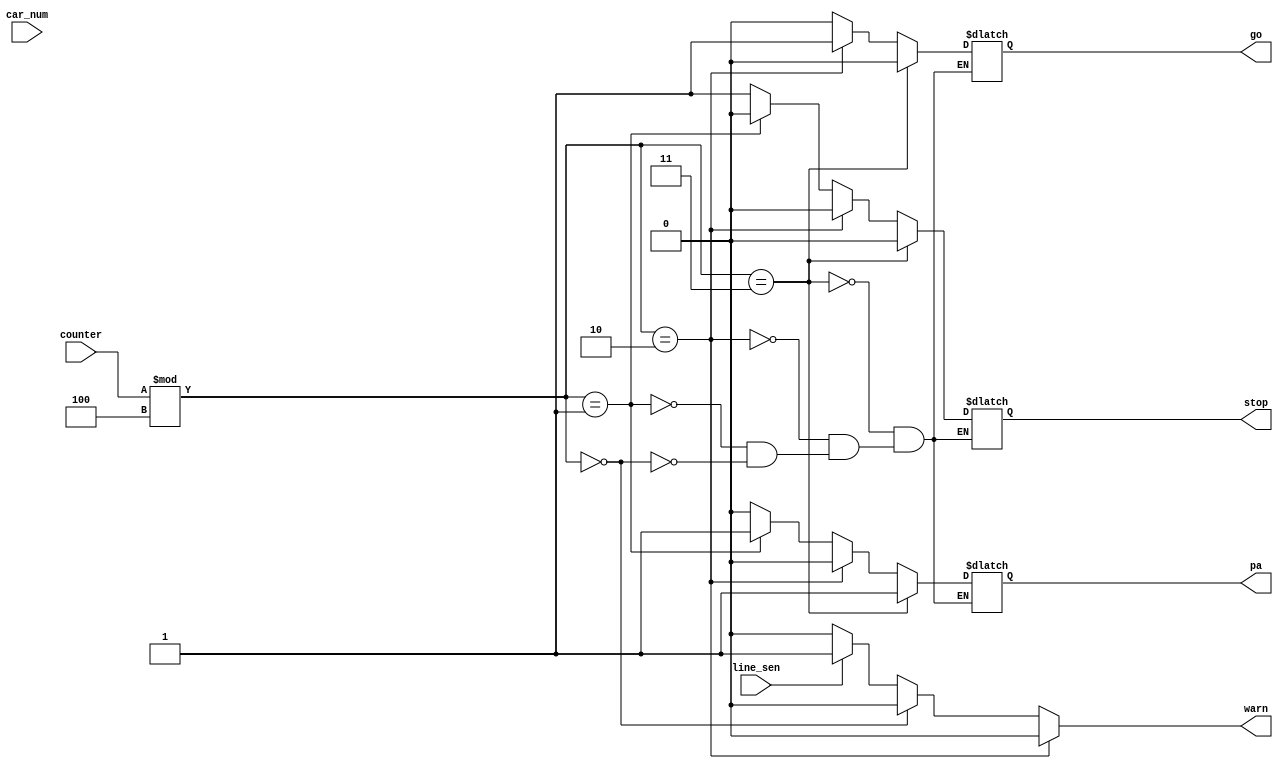
//? to real time khode sensor az 1 be 0 tabdil mishe ya bayad 0 esh konim
//? defien array in line
//? #QUEUE[4];

//* red = stop
//* yellow = pa
//* green = go

//* red => 10
//* yellow => 02
//* green => 10
//* yellow => 02

module traffic_light(
    //* outputs
    stop,
    pa,
    go,
    warn,

    //* inputs
    car_num,
    line_sen,
    counter
  );

  output stop,
         pa,
         go,
         warn;

  reg stop,
      pa,
      go,
      warn;

  input [31:0] car_num, counter;
  input line_sen;

  always @(*)
  begin
    if (line_sen)
    begin
      warn = 1;
    end
    else
    begin
      warn = 0;
    end

    if (counter % 4 == 0)
    begin
      warn = 0;

      stop = 1;
      pa = 0;
      go = 0;
    end

    if (counter % 4 == 1)
    begin
      stop = 0;
      pa = 1;
      go = 0;
    end

    if (counter % 4 == 2)
    begin
      warn = 0;

      stop = 0;
      pa = 0;
      go = 1;
    end

    if (counter % 4 == 3)
    begin
      stop = 0;
      pa = 1;
      go = 0;
    end



    // case (counter % 4)
    //   0:
    //     stop = 1;
    //   1:
    //     pa = 1;
    //   2:
    //     go = 1;
    //   3:
    //     pa = 1;
    // endcase

    // counter = 1;

  end



endmodule